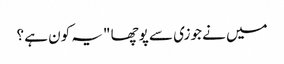
میں نے جوزی سے پوچھا "یہ کون ہے ؟